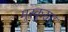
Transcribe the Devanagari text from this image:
मुस्कुराए